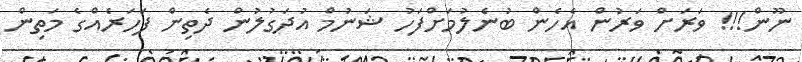
ނޫން!!! ވަރަށް ވަރުން އެހެން ބުނެލުމަށްފަހު ޝަނުމް އުދަގުލުން ދެތިން ފަހަރެއްގެ މަތިން